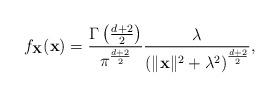
LaTeX: \begin{align*} f_\mathbf{X}(\mathbf{x}) = \frac {\Gamma\left(\frac{d+2}{2}\right)} { \pi^{\frac{d+2}{2}} } \frac{\lambda}{\left( \|\mathbf{x}\|^2 + \lambda^2 \right)^{\frac{d+2}{2}} } ,\end{align*}